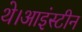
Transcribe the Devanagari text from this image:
थे।आइंस्टीन